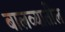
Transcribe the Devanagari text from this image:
बालव्यातील